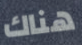
هناك